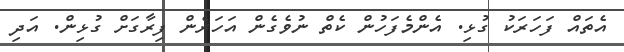
އެތައް ފަހަރަކު ގުޅި. އެންމެފަހުން ކެތް ނުވެގެން އަހަރެން ފިރާގަށް ގުޅިން. އަދި